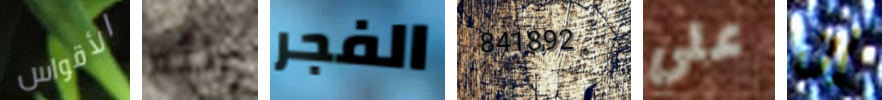
الأقواس رائع الفجر 841892 علي إن